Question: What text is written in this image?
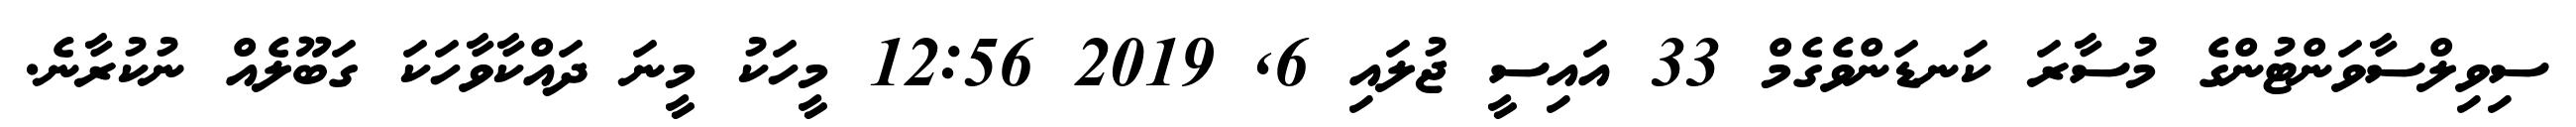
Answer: ސިވިލްސާވަންޓުންގެ މުސާރަ ކަނޑަންވެގެމް 33 އައިސީ ޖުލައި 6, 2019 12:56 މީހަކު މީނަ ދައްކާވާހަކަ ގަބޫލެއް ނުކުރާނެ.